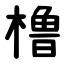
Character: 橹